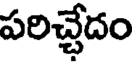
పరిచ్చేదం